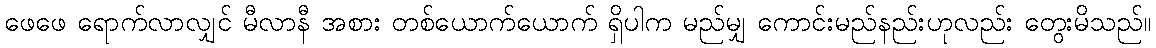
ဖေဖေ ရောက်လာလျှင် မီလာနီ အစား တစ်ယောက်ယောက် ရှိပါက မည်မျှ ကောင်းမည်နည်းဟုလည်း တွေးမိသည်။